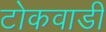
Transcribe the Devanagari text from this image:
टोकवाडी